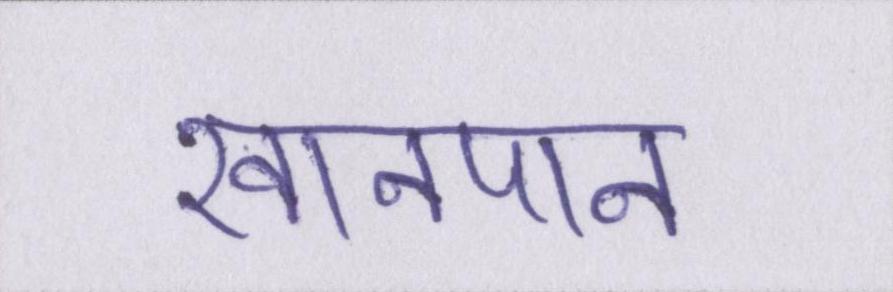
खानपान